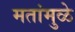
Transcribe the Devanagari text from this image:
मतांमुळे